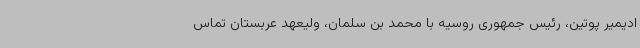
ادیمیر پوتین، رئیس جمهوری روسیه با محمد بن سلمان، ولیعهد عربستان تماس